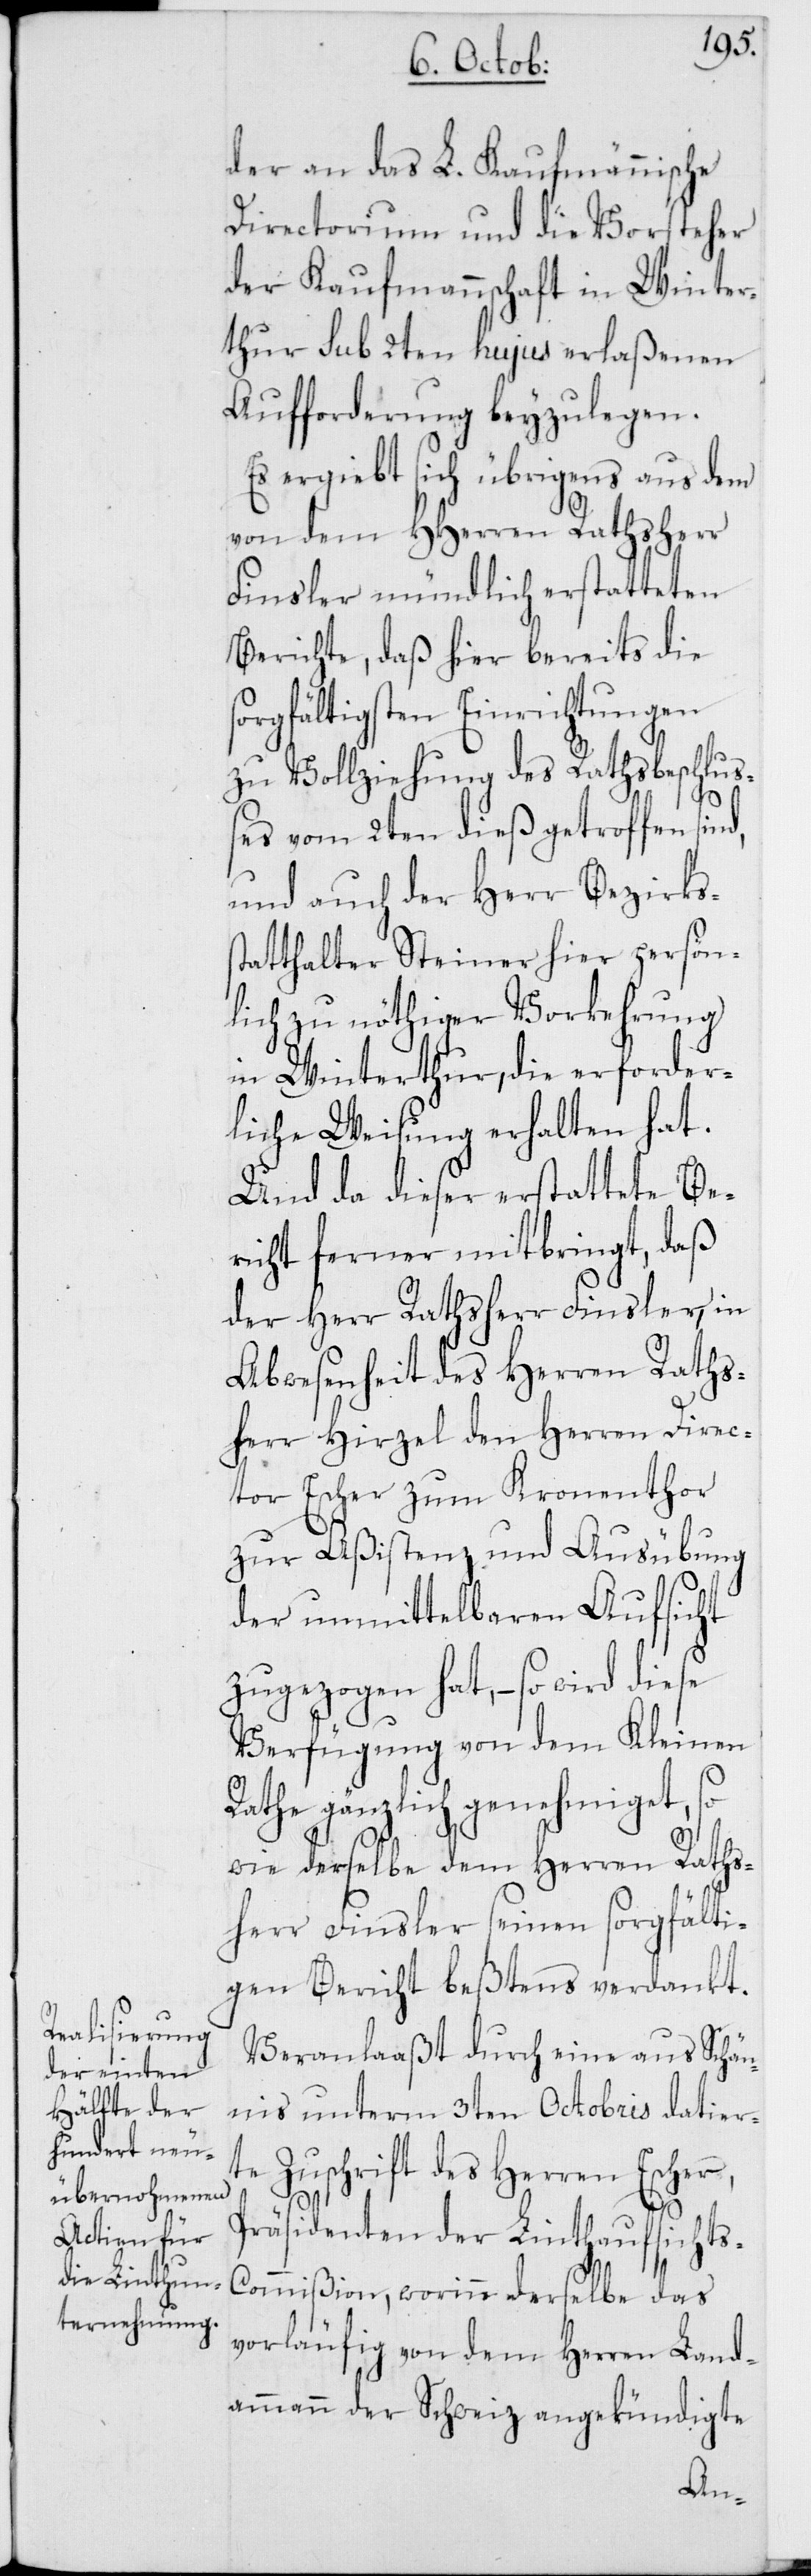
der an das L. Kaufmännische
Directorium und die Vorsteher
der Kaufmannschaft in Winter¬
thur sub 2ten hujus erlaßenen
Aufforderung beyzulegen.
Es ergiebt sich übrigens aus dem
von dem HHerren Rathsherr
Finsler mündlich erstatteten
Berichte, daß hier bereits die
sorgfältigsten Einrichtungen
zu Vollziehung des Rathsbeschluß¬
es vom 2ten dieß getroffen sin¬
und auch der Herr Bezirks¬
tatthalter Steiner hier persön¬
lich zu nöthiger Vorkehrung
in Winterthur, die erforder¬
liche Weisung erhalten hat.
Und da dieser erstattete Be¬
richt ferner mitbringt, daß
der Herr Rathsherr Finsler, in
Abwesenheit des Herren Raths¬
herr Hirzel den Herren Direc¬
tor Escher zum Kronenthor
zur Aßistenz und Ausübung
der unmittelbaren Aufsicht
zugezogen hat, – so wird diese
Verfügung von dem Kleinen
Rathe gänzlich genehmiget, so
wie derselbe dem Herren Raths¬
herr Finsler seinen sorgfälti¬
gen Bericht beßtens verdankt.
Veranlaaßt durch eine aus Schä¬
nis unterm 3ten Octobris datier¬
te Zuschrift des Herren Escher,
s¬
Präsidenten der Linthaufsicht¬
s-Commißion, worinn derselbe das
vorläufig von dem Herren Land¬
ammann der Schweiz angekündigte